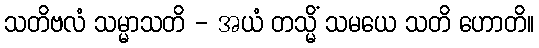
သတိဗလံ သမ္မာသတိ - အယံ တသ္မိံ သမယေ သတိ ဟောတိ။